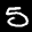
Label: 5